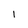
Character: 1